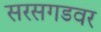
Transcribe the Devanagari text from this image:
सरसगडवर